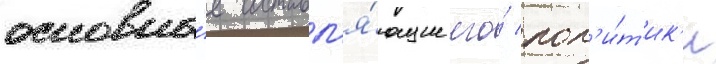
основны́е составл'я́ющие его́ пол'и́т'ик'и